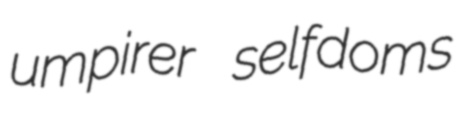
umpirer selfdoms